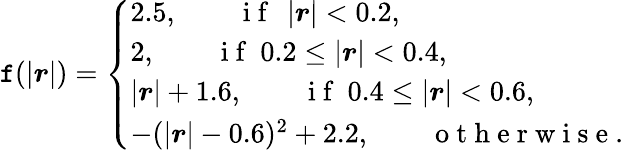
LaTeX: \mathtt{f}(\left|\boldsymbol{r}\right|)=\left\{ \begin{array}{ll}{2.5,\qquad\mathrm{~i~f~}\ \left|\boldsymbol{r}\right|<0.2,}\\ {2,\qquad\mathrm{~i~f~}\ 0.2\le\left|\boldsymbol{r}\right|<0.4,}\\ {\left|\boldsymbol{r}\right|+1.6,\qquad\mathrm{~i~f~}\ 0.4\le\left|\boldsymbol{r}\right|<0.6,}\\ {-(\left|\boldsymbol{r}\right|-0.6)^{2}+2.2,\qquad\mathrm{~o~t~h~e~r~w~i~s~e~}.}\end{array}\right.